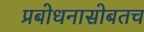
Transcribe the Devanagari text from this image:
प्रबोधनासोबतच